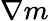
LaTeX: \mathbf{\nabla}m